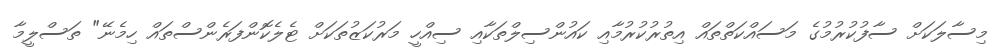
މިސާލަކަށް ސާފުކުރުމުގެ މަސައްކަތްތައް އިތުރުކުރުމާއި ކައުންސިލްތަކާއި ސިއްހީ މަރުކަޒުތަކަށް ޓެލެކޮންފަރެންސްތައް ހިމެނޭ" ތަސްލީމާ